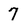
Character: 7